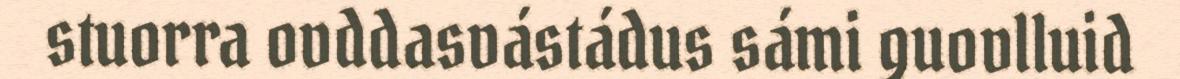
stuorra ovddasvástádus sámi guovlluid